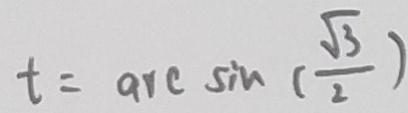
t = \arcsin ( \frac { \sqrt { 3 } } { 2 } )